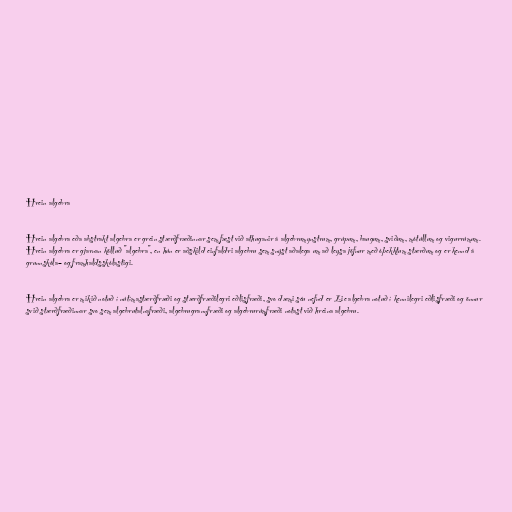
Hrein algebra

Hrein algebra eða abstrakt algebra er grein stærðfræðinnar sem fæst við athuganir á algebrumynstrum, grúpum, baugum, sviðum, mótúllum og vigurrúmum.
Hrein algebra er gjarnan kölluð "algebra", en hún er aðskild einfaldri algebru sem snýst aðalega um að leysa jöfnur með óþekktum stærðum og er kennd á
grunnskóla– og framhaldsskólastigi.

Hrein algebra er mikið notuð í nútímastærðfræði og stærðfræðilegri eðlisfræði, svo dæmi séu nefnd er Lie algebra notuð í kennilegri eðlisfræði og önnur
svið stærðfræðinnar svo sem algebrutalnafræði, algebrugrannfræði og algebrurúmfræði notast við hreina algebru.